Report on malaria in the Punjab during the year ...  together with an account of the work of the Punjab Malaria Bureau - Volume 4
Disease focus: Malaria
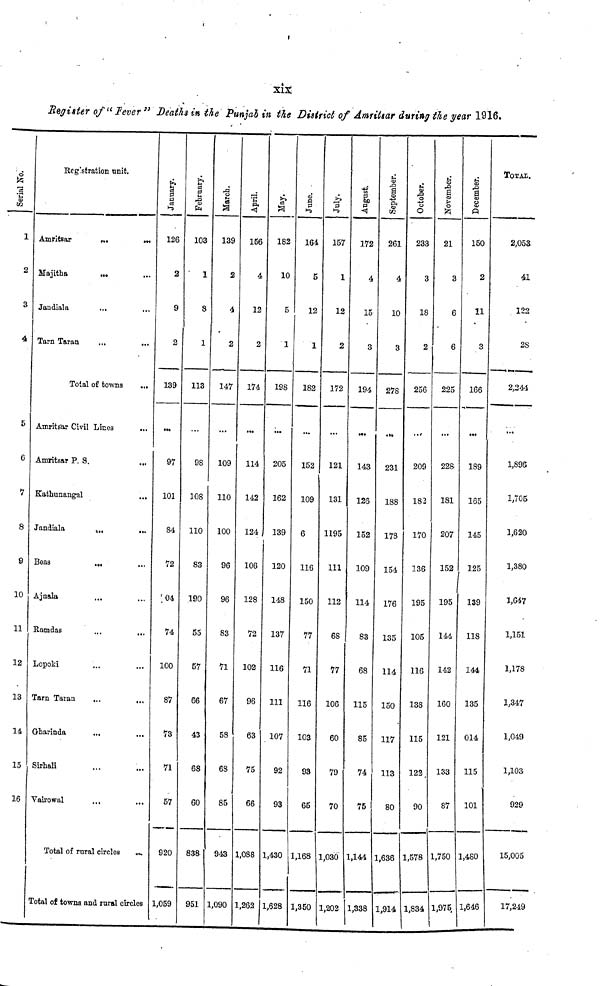
xix
Register of "Fever" Deaths in the Punjab in the District of Amritsar during the year 1916.
Serial No.
1
2
3
4
5
6
7
8
9
10
11
12
13
14
15
16
Regstration unit.
Amritsar
...
...
Majitha
...
...
Jandiala
...
...
Tarn Taran
Total of towns
...
Amritsar P. S.
...
Kathunangal
...
Jandiala
...
...
Beas
...
Ajnala
Ramdas
...
...
Lopoki
Tarn Taran
Gharinda
Sirhali
Vairowal
...
Total of rural circles
Total of towns and rural circles
January.
126
2
9
2
139
97
101
84
72
04
74
100
87
73
71
57
920
1,059
February.
103
" 1
8
1
113
98
108
110
83
190
55
57
66
43
68
60
838
951
March.
139
2
4
2
147
109
110
100
96
96
83
71
67
58
68
85
943
1,090
April.
156
4
12
2
174
114
142
124
106
128
72
102
96
63
75
66
1,088
1,262
182
10
5
1
198
205
162
139
120
148
137
116
111
107
92
93
1,430
1,628
June.
164,
5
12
1
182
152
109
6
116
150
77
71
116
103
93
65
1,168
1,350
July.
157
1
12
2
172
121
131
1195
111
112
68
77
106
60
79
70
1,030
1,202
Angust.
172
4
15
3
194
143
126
152
109
114
83
68
115
85
74
75
1,144
1,338
September.
261
4
10
3
278
231
188
173
154
176
135
114
150
117
113
80
1,636
1,914
October.
233
3
18
2
256
209
183
170
136
195
105
116
138
115
122
90
1,578
1,834
November.
21
3
6
6
225
228
181
207
152
195
144
142
160
121
133
87
1,750
1,975
December.
150
2
11
3
166
189
165
145
125
139
118
144
135
014
115
101
1,480
1,646
TOTAL.
2,053
él
122
28
2,244
...
1,89G
1,705
1,620
1,380
1,647
1,151
1,178
1,347
1,049
1,103
929
15,005
17,249